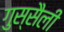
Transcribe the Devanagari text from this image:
गुस्सैली